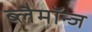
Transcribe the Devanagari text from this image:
ब्लैमॉन्ज